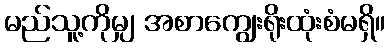
မည်သူ့ကိုမျှ အစာကျွေးရိုးထုံးစံမရှိ။